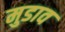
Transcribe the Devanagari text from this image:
मुडाव